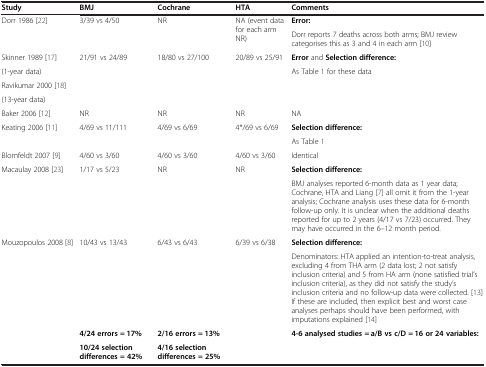
<table><thead><tr><td><b>Study</b></td><td><b>BMJ</b></td><td><b>Cochrane</b></td><td><b>HTA</b></td><td><b>Comments</b></td></tr></thead><tbody><tr><td rowspan="2">Dorr 1986 [22]</td><td rowspan="2">3/39 vs 4/50</td><td rowspan="2">NR</td><td rowspan="2">NA (event data for each arm NR)</td><td><b>Error:</b></td></tr><tr><td>Dorr reports 7 deaths across both arms; BMJ review categorises this as 3 and 4 in each arm [10]</td></tr><tr><td>Skinner 1989 [17]</td><td rowspan="4">21/91 vs 24/89</td><td rowspan="4">18/80 vs 27/100</td><td rowspan="4">20/89 vs 25/91</td><td><b>Error</b> and <b>Selection difference:</b></td></tr><tr><td>(1-year data)</td><td rowspan="3">As Table 1 for these data</td></tr><tr><td>Ravikumar 2000 [18]</td></tr><tr><td>(13-year data)</td></tr><tr><td>Baker 2006 [12]</td><td>NR</td><td>NR</td><td>NR</td><td>NA</td></tr><tr><td rowspan="2">Keating 2006 [11]</td><td rowspan="2">4/69 vs 11/111</td><td rowspan="2">4/69 vs 6/69</td><td rowspan="2">4*/69 vs 6/69</td><td><b>Selection difference:</b></td></tr><tr><td>As Table 1</td></tr><tr><td>Blomfeldt 2007 [9]</td><td>4/60 vs 3/60</td><td>4/60 vs 3/60</td><td>4/60 vs 3/60</td><td>Identical</td></tr><tr><td rowspan="2">Macaulay 2008 [23]</td><td rowspan="2">1/17 vs 5/23</td><td rowspan="2">NR</td><td rowspan="2">NR</td><td><b>Selection difference:</b></td></tr><tr><td>BMJ analyses reported 6-month data as 1 year data; Cochrane, HTA and Liang [7] all omit it from the 1-year analysis; Cochrane analysis uses these data for 6-month follow-up only. It is unclear when the additional deaths reported for up to 2 years (4/17 vs 7/23) occurred. They may have occurred in the 6–12 month period.</td></tr><tr><td rowspan="2">Mouzopoulos 2008 [8]</td><td rowspan="2">10/43 vs 13/43</td><td rowspan="2">6/43 vs 6/43</td><td rowspan="2">6/39 vs 6/38</td><td><b>Selection difference:</b></td></tr><tr><td>Denominators: HTA applied an intention-to-treat analysis, excluding 4 from THA arm (2 data lost; 2 not satisfy inclusion criteria) and 5 from HA arm (none satisfied trial’s inclusion criteria), as they did not satisfy the study’s inclusion criteria and no follow-up data were collected. [13] If these are included, then explicit best and worst case analyses perhaps should have been performed, with imputations explained [14]</td></tr><tr><td rowspan="2"> </td><td><b>4/24 errors </b><b>=</b> <b>17%</b></td><td><b>2/16 errors </b><b>=</b> <b>13%</b></td><td rowspan="2"> </td><td rowspan="2"><b>4-6 analysed studies </b><b>=</b> <b>a/B vs c/D </b><b>=</b> <b>16 or 24 variables:</b></td></tr><tr><td><b>10/24 selection differences = 42%</b></td><td><b>4/16 selection differences = 25%</b></td></tr></tbody></table>